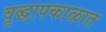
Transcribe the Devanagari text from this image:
वृद्धापकाळात